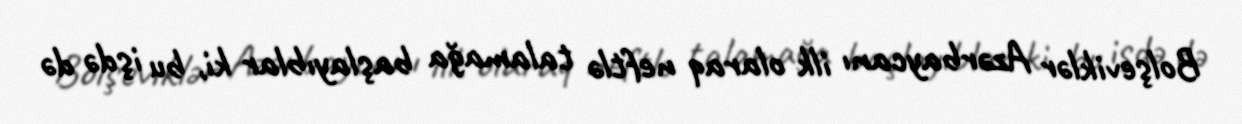
Bolşeviklər Azərbaycanı ilk olaraq neftlə talamağa başlayıblar ki, bu işdə də